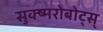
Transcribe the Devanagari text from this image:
सुक्ष्मरोबोट्स्